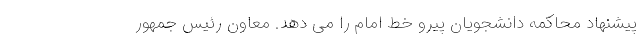
پیشنهاد محاکمه دانشجویان پیرو خط امام را می دهد. معاون رئیس جمهور